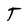
Character: T